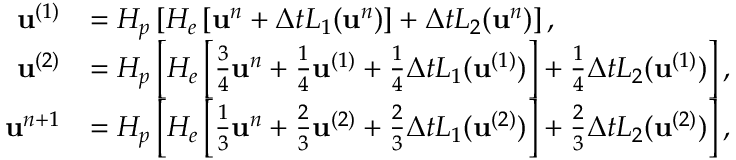
\begin{array} { r l } { \mathbf { u } ^ { ( 1 ) } } & { = H _ { p } \left[ H _ { e } \left[ \mathbf { u } ^ { n } + \Delta t L _ { 1 } ( \mathbf { u } ^ { n } ) \right] + \Delta t L _ { 2 } ( \mathbf { u } ^ { n } ) \right] , } \\ { \mathbf { u } ^ { ( 2 ) } } & { = H _ { p } \left[ H _ { e } \left[ \frac { 3 } { 4 } \mathbf { u } ^ { n } + \frac { 1 } { 4 } \mathbf { u } ^ { ( 1 ) } + \frac { 1 } { 4 } \Delta t L _ { 1 } ( \mathbf { u } ^ { ( 1 ) } ) \right] + \frac { 1 } { 4 } \Delta t L _ { 2 } ( \mathbf { u } ^ { ( 1 ) } ) \right] , } \\ { \mathbf { u } ^ { n + 1 } } & { = H _ { p } \left[ H _ { e } \left[ \frac { 1 } { 3 } \mathbf { u } ^ { n } + \frac { 2 } { 3 } \mathbf { u } ^ { ( 2 ) } + \frac { 2 } { 3 } \Delta t L _ { 1 } ( \mathbf { u } ^ { ( 2 ) } ) \right] + \frac { 2 } { 3 } \Delta t L _ { 2 } ( \mathbf { u } ^ { ( 2 ) } ) \right] , } \end{array}